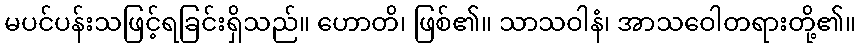
မပင်ပန်းသဖြင့်ရခြင်းရှိသည်။ ဟောတိ၊ ဖြစ်၏။ သာသဝါနံ၊ အာသဝေါတရားတို့၏။